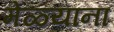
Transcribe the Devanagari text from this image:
मेळ्यांना